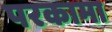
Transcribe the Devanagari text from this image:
परकामा